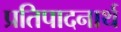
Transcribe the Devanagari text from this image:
प्रतिपादनार्थ